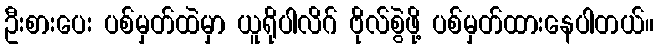
ဦးစားပေး ပစ်မှတ်ထဲမှာ ယူရိုပါလိဂ် ဗိုလ်စွဲဖို့ ပစ်မှတ်ထားနေပါတယ်။